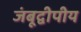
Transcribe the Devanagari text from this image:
जंबूद्वीपीय